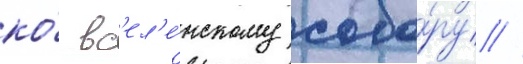
ко́ вс'ел'е́нскому собо́ру //